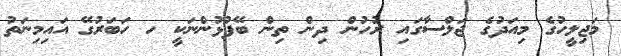
މަޖިލީހުގެ މިއަދުގެ ޖަލްސާގައި ރުހުން ދިން ތިން ބޭފުޅުންނަކީ ހ ހަބަރުގޭ އައިމިނަތު